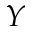
Y